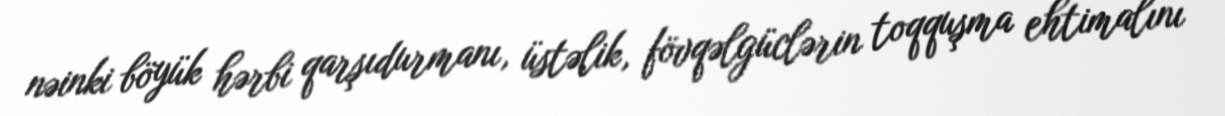
nəinki böyük hərbi qarşıdurmanı, üstəlik, fövqəlgüclərin toqquşma ehtimalını